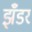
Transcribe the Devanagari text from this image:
झँडर